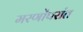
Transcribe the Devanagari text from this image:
मरणोंपरांत